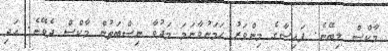
މާކްސް ލިބޭނެ. ފައިސާގެ މިންވަރު ހަމަނުވާނަމަ މަދުވާ ނިސްބަތުން މާކްސް ދެވޭނެ. އަދި